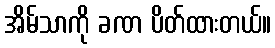
အိမ်သာကို ခဏ ပိတ်ထားတယ်။